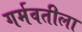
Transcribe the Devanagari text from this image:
गर्मवतीला